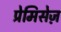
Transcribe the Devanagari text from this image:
प्रेमिसेज़